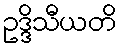
ဥဒ္ဒိသီယတိ